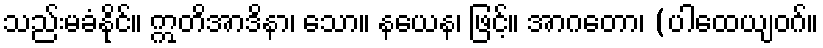
သည်းမခံနိုင်။ ဣတိအာဒိနာ၊ သော။ နယေန၊ ဖြင့်။ အာဂတော၊ (ပါထေယျဝဂ်။